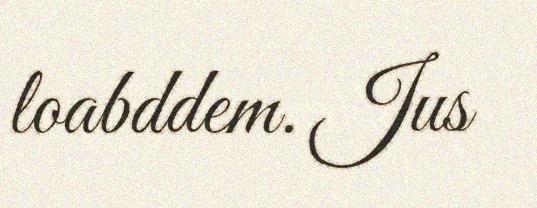
loabddem. Jus